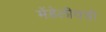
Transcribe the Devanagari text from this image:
मेंडेलीवची